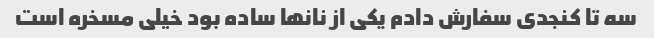
سه تا کنجدی سفارش دادم یکی از نانها ساده بود خیلی مسخره است